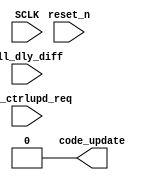

/// Header_Start --->>>



/// Header_End <<<---


/// I/O_Start --->>>

// if dll_dly_diff asserts, wait for next refresh and request a code_update

module DLL_MON( SCLK,
                reset_n,
                code_update,
                dll_dly_diff,
                dfi_ctrlupd_req );

input          SCLK;
input          reset_n;

// Port: System

output         code_update;
input          dll_dly_diff;

// Port: NWL_PHY
input          dfi_ctrlupd_req;


/// I/O_End <<<---

assign code_update = 1'b0;




/// Components_Start --->>>

/*
DLL_MON_BOT DLL_MON_BOT( .SCLK(SCLK),
                         .reset_n(reset_n),
                         .CODE_UPDATE(CODE_UPDATE),
                         .DLL_DLY_DIFF(DLL_DLY_DIFF) );
*/



/// Components_End <<<---


endmodule